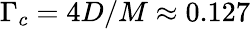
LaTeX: \Gamma_{c}=4D/M\approx 0.127